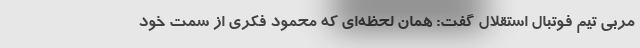
مربی تیم فوتبال استقلال گفت: همان لحظه‌ای که محمود فکری از سمت خود